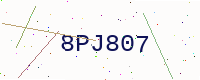
Text: 8PJ807